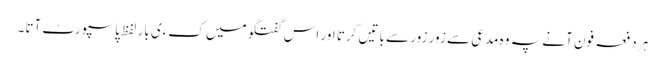
ہر دفعہ فون آنے پہ وہ مدعی سے زور زور سے باتیں کرتا اور اس گفتگو میں کءی بار لفظ پاسپورٹ آتا۔